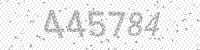
Solution: 445784